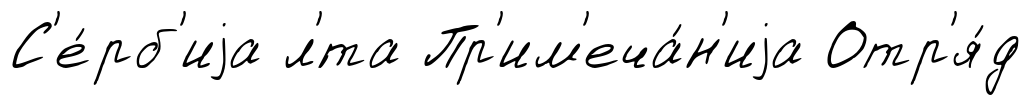
С'е́рб'иjа л'́та Пр'им'еча́н'иjа Отр'я́д